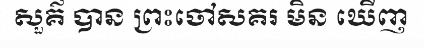
សួគ៌ បាន ព្រះចៅសគរ មិន ឃើញ